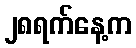
၂၈ရက်နေ့က